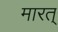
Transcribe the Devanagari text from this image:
मारत्